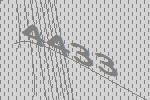
4433